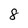
Character: 8